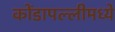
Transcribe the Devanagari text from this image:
कोंडापल्लीमध्ये